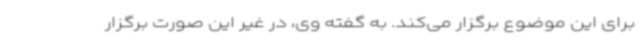
برای این موضوع برگزار می‌کند. به گفته وی، در غیر این صورت برگزار